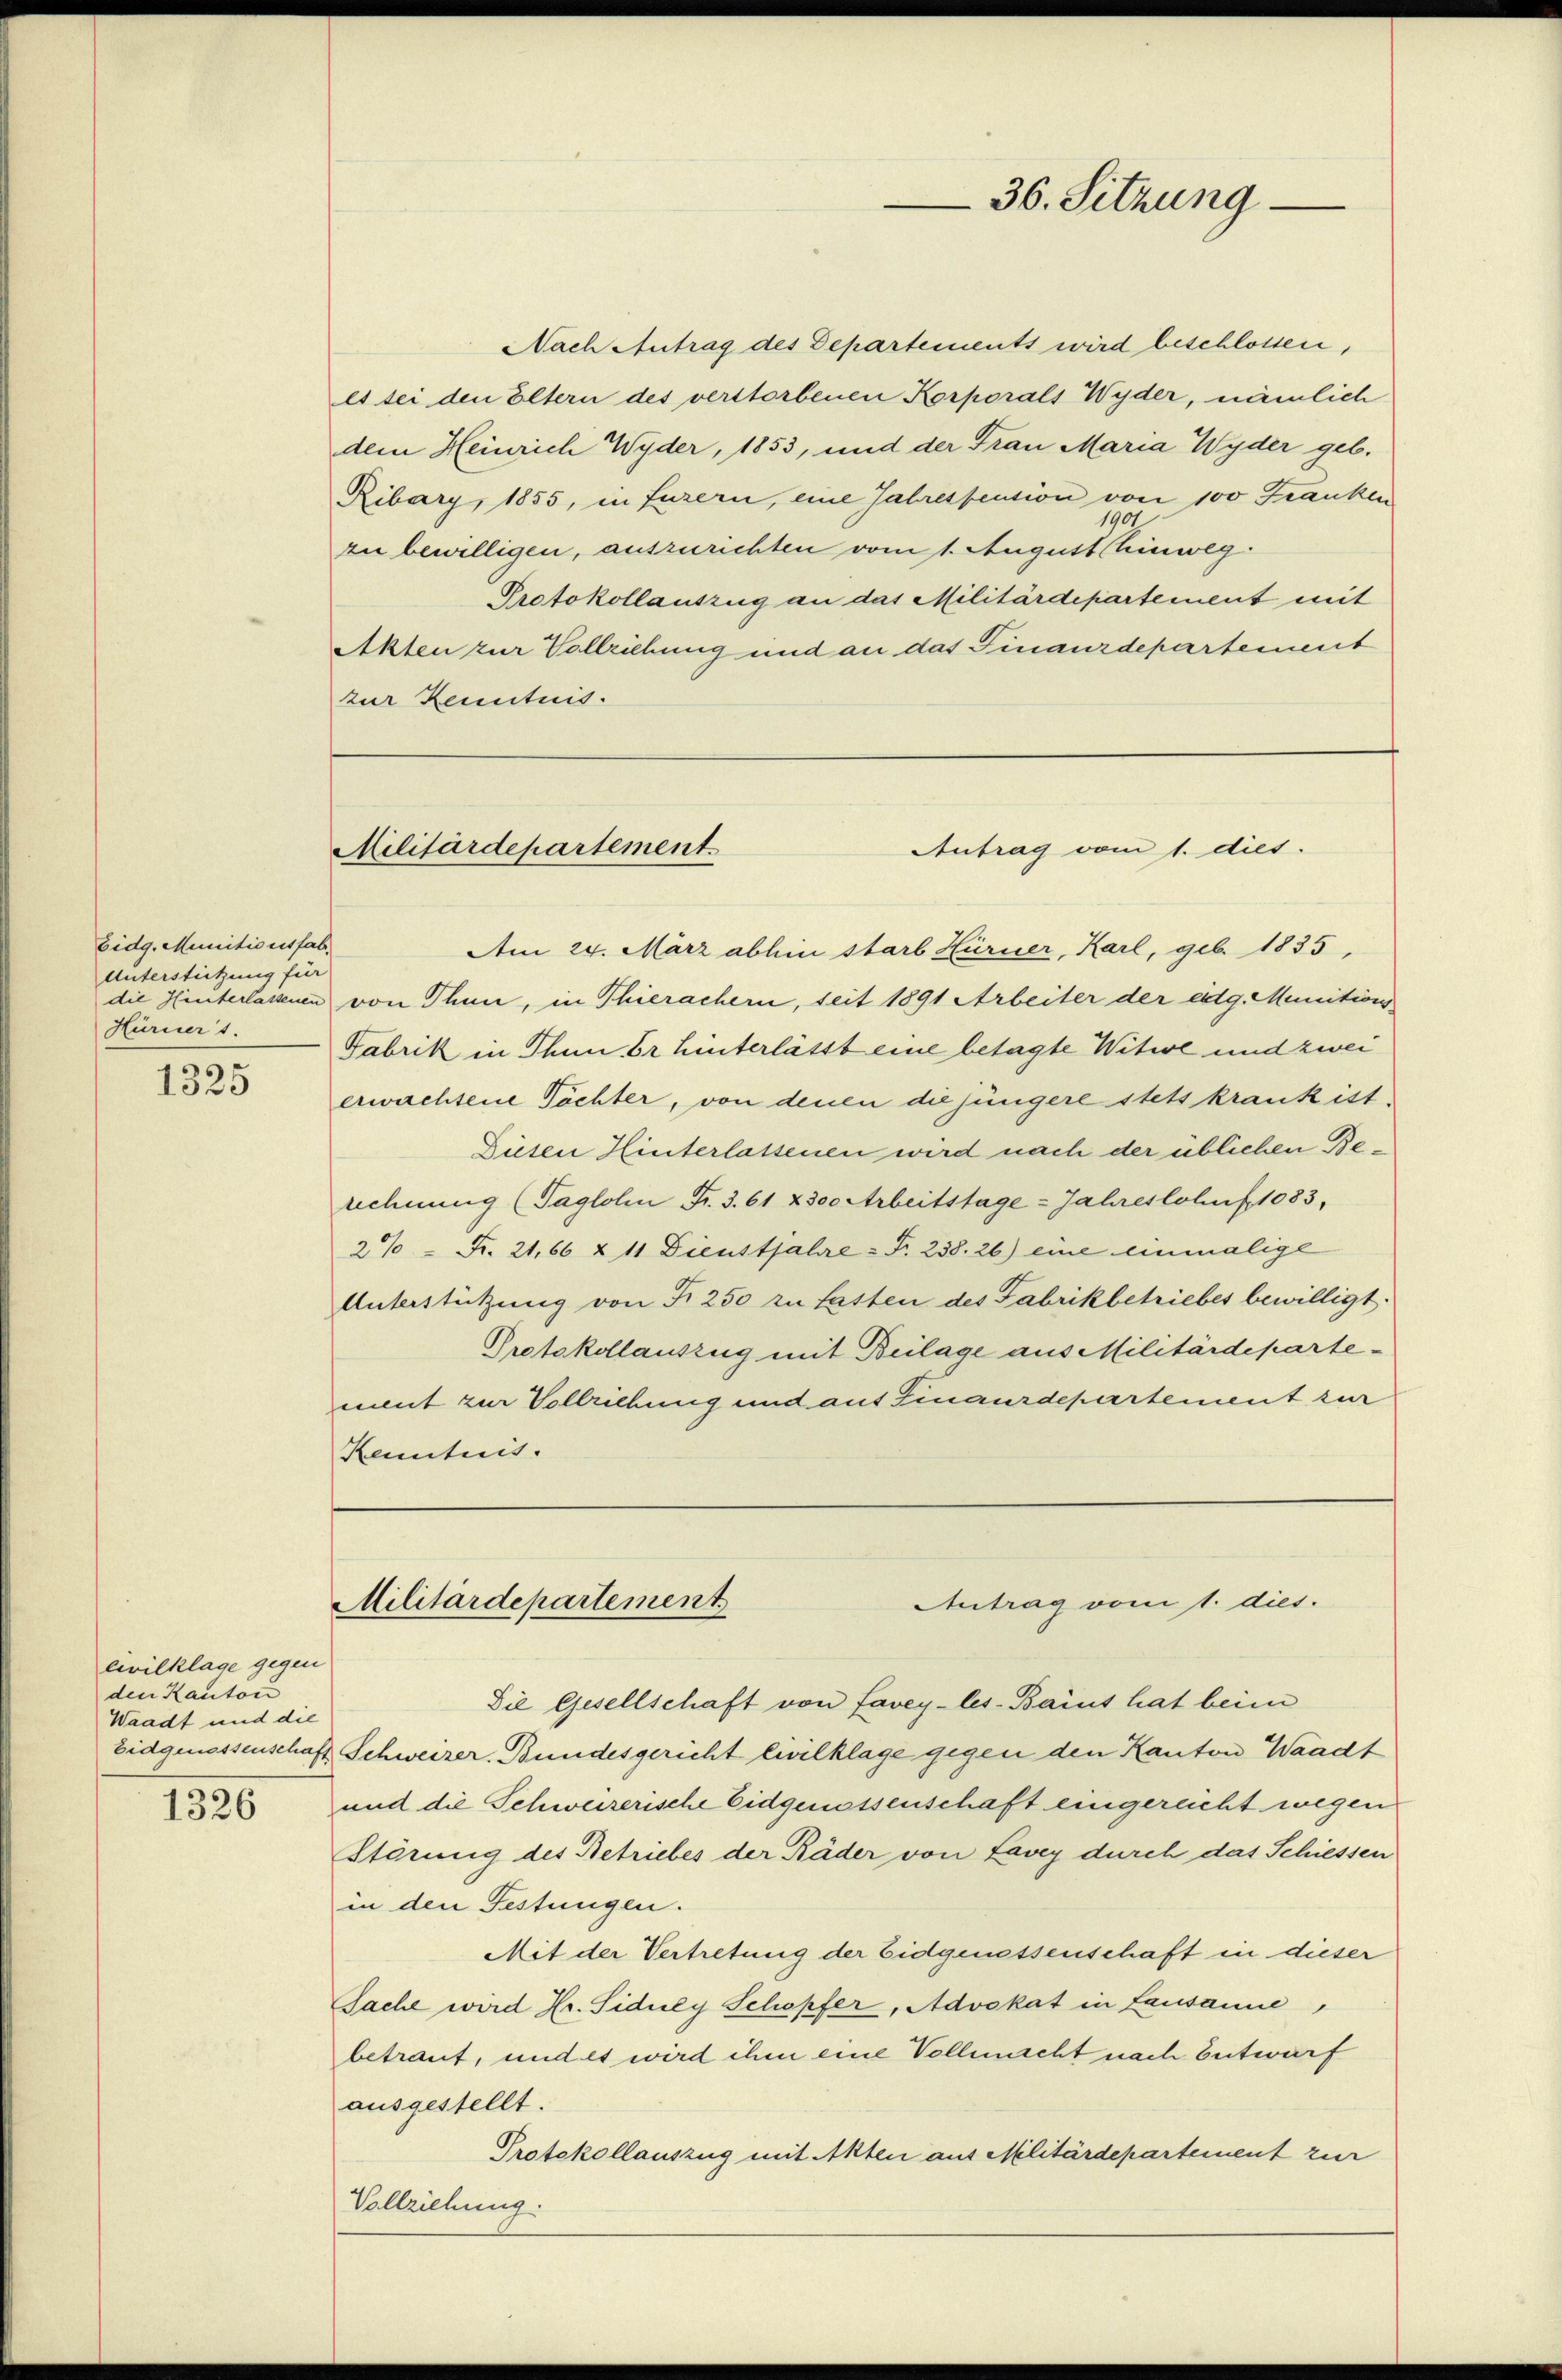
Eidg. Munitionsfab¬
Unterstützung für
Hurniert.

1325

civilklage gegen
den Kanton
Waadt und die

1326

Nach Antrag des Departements wird beschlossen,
es sei den Eltern des verstorbenen Korporals Wyder, nämlich
dem Heinrich Wyder, 1853, und der Frau Maria Wyder geb.
Ribary, 1855, in Luzern, eine Jahrespension von 100 Franken
1901
zu bewilligen, auszurichten vom 1. August hinweg
Protokollauszug an das Militärdepartement mit
Akten zur Vollziehung und an das Finanzdepartement
zur Kenntnis.

Am 24. März abhin starb Hürner, Karl, geb. 1835,
die Hinterlassenen von Thun, in Thierachern, seit 1891 Arbeiter der eidg. Munitions
Fabrik in Thun Er hinterlässt eine betagte Witwe und zwei
erwachsene Töchter, von denen die jüngere stets krank ist
Diesen Hinterlassenen wird nach der üblichen Berechnung (Taglohen Fr. 3. 61 & 300 Arbeitstage - Jahreslohnf 1083.
2% = Fr. 21,66 & 11 Dienstjahre = Fr. 238. 26) eine einmalige
Unterstützung von Fr. 250 zu lasten des Fabrikbetriebes bewilligt.
Protokollauszug mit Beilage aus Militärdepartement zur Vollziehung und aus Finaurdepartement zur
Kenntnis.

36. Sitzung

Antrag vom 1. dies.
Militärdepartement

Antrag vom 1. dies
Militärdepartement

Die Gesellschaft von favey-les-Bains hat beim
Eidgenossenschaft Schweizer. Bundesgericht civilklage gegen den Kanton Waadt
und die Schweizerische Eidgenossenschaft eingereicht wegen
Störung des Betriebes der Räder von Lavey durch das Schiessen
in den Festungen.
Mit der Vertretung der Eidgenossenschaft in dieser
Sache wird Hr. Siduly Schopfer, Advokat in Lausanne
betraut, und es wird ihm eine Vollmacht nach Entwurf
ausgestellt.
Protokollauszug mit Alten aus Militärdepartement zur
Vollziehung.